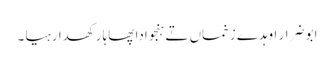
ابو ضرار اوہدے زخماں تے ہنجوادا پھاہا رکھدا رہیا ۔